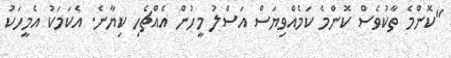
"ކޮންމެ ތާކުވެސް ކޮންމެ ކަމެއްވިޔަސް އަސްލު މީހުން އެއްޗެހި ކިޔާނެ. އެކަމަކު އެމީހަކު